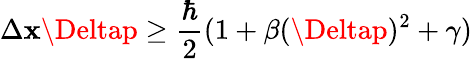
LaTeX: \Delta\mathbf{x}\Deltap\ge\frac{{\hbar}}{{2}}(1+\beta(\Deltap)^{2}+\gamma)